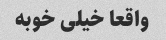
واقعا خیلی خوبه